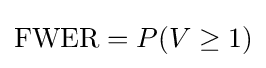
\mathrm {FWER} =P(V\geq 1)